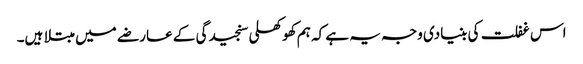
اس غفلت کی بنیادی وجہ یہ ہے کہ ہم کھوکھلی سنجیدگی کے عارضے میں مبتلا ہیں۔